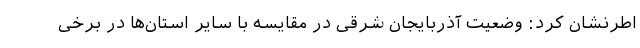
اطرنشان کرد: وضعیت آذربایجان شرقی در مقایسه با سایر استان‌ها در برخی